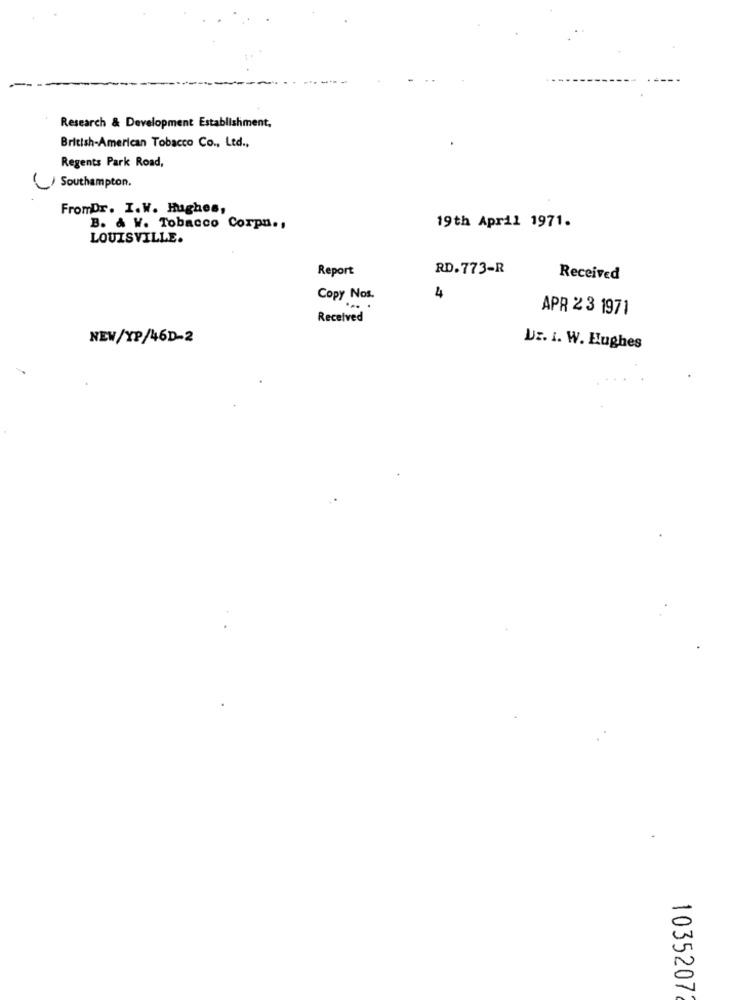
Research & Development Establishment,
British-American Tobacco Co ., Ltd .,
Regents Park Road,
Southampton.
FromDr. I.W. Hughes,
B. & W. Tobacco Corp .,
19th April 1971.
LOUISVILLE.
Report
RD.773-R
Received
4
Copy Nos.
APR 23 1971
Received
NEW/XP/46D-2
Uz. I. W. Hughes
1035207